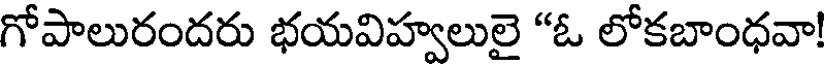
గోపాలురందరు భయవిహ్వలులై "ఓ లోకబాంధవా!